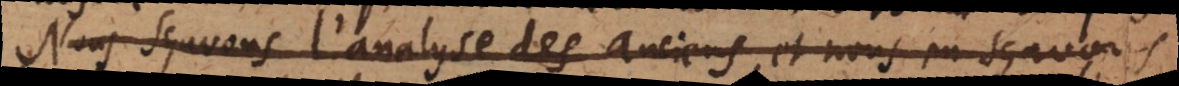
Nous sçavons l’analyse des anciens et nous en sçavons